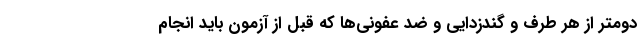
دومتر از هر طرف و گندزدایی و ضد عفونی‌ها که قبل از آزمون باید انجام